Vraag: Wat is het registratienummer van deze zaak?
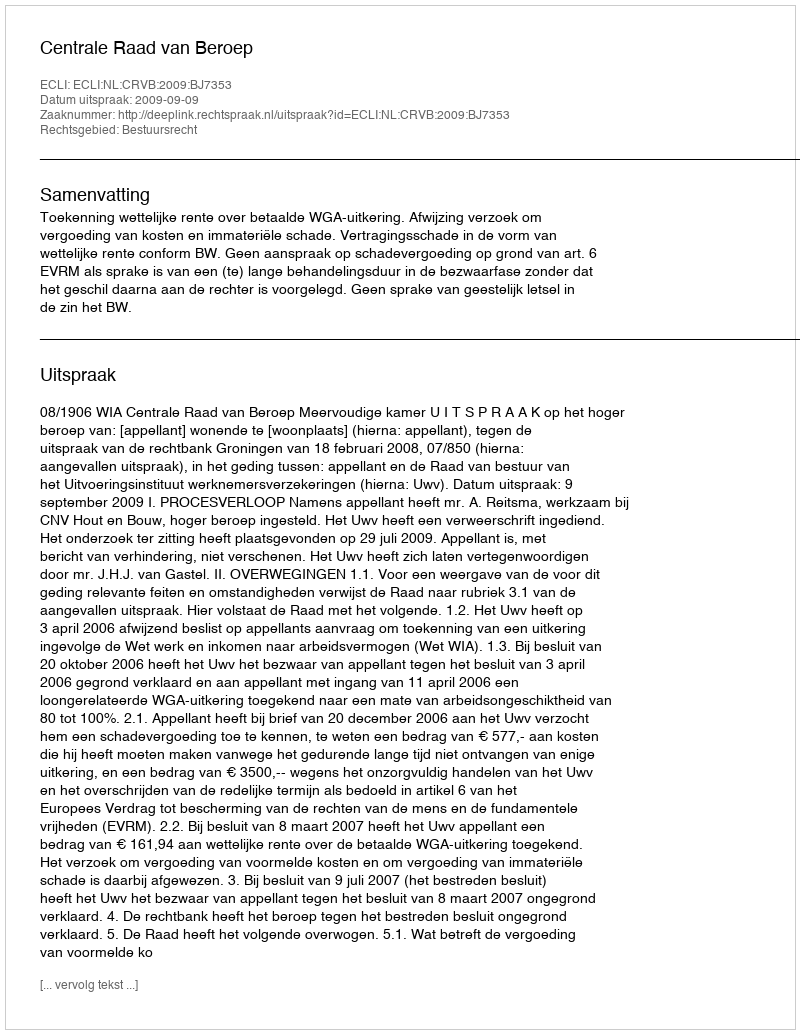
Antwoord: http://deeplink.rechtspraak.nl/uitspraak?id=ECLI:NL:CRVB:2009:BJ7353